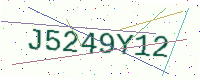
Text: J5249Y12